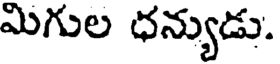
మిగుల ధన్యుడు.